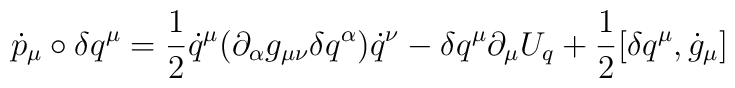
\dot{p}_{\mu}\circ \delta q^{\mu}=\frac{1}{2}\dot{q}^{\mu}(\partial_{\alpha} g_{\mu\nu} \delta q^{\alpha})\dot{q}^{\nu}-\delta q^{\mu}\partial_{\mu} U_{q}+\frac{1}{2}[\delta q^{\mu},\dot{g}_{\mu}]